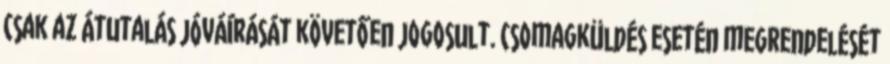
csak az átutalás jóváírását követően jogosult. Csomagküldés esetén megrendelését